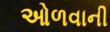
ઓળવાની